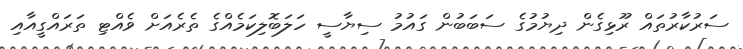
ސަރުކާރުތައް ރޫޅިގެން ދިޔުމުގެ ސަބަބުން ގައުމު ސިޔާސީ ހަލަބޮލިކަމެއްގެ ތެރެއަށް ވެއްޓި ތަރައްގީއާއި